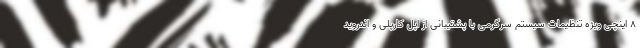
8 اینچی ویژه تنظیمات سیستم سرگرمی با پشتیبانی از اپل کارپلی و اندروید